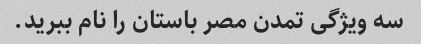
سه ویژگی تمدن مصر باستان را نام ببرید.